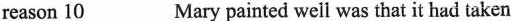
reason \underline{10} Mary painted well was that it had taken